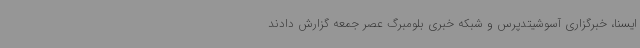
ایسنا، خبرگزاری آسوشیتدپرس و شبکه خبری بلومبرگ عصر جمعه گزارش دادند